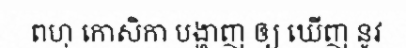
ពហុ កោសិកា បង្ហាញ ឲ្យ ឃើញ នូវ